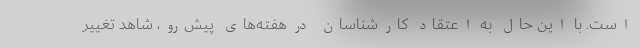
است. با این حال به اعتقاد کارشناسان درهفته‌های پیش‌رو، شاهد تغییر